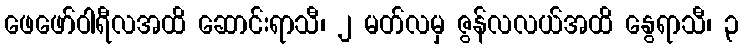
ဖေဖော်ဝါရီလအထိ ဆောင်းရာသီ၊ ၂ မတ်လမှ ဇွန်လလယ်အထိ နွေရာသီ၊ ၃